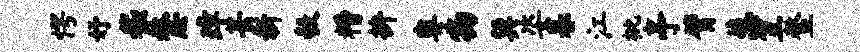
愕妤嵇嫠璋甚新彀糟拚粤物巽姿暮江枇亭臂葱笠鳌